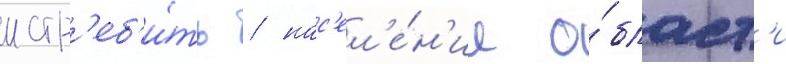
истр'еб'и́ть / нас'ел'е́н'ие о́бласт'и